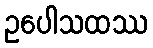
ဥပေါသထဿ